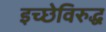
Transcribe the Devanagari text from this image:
इच्छेविरुद्ध